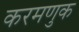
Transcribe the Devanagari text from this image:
करमणुक